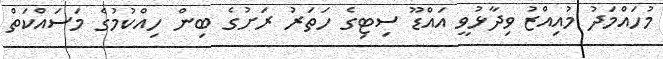
މުހައްމަދު މުއިއްޒު ވިދާޅުވީ އައްޑޫ ސިޓިގެ ހަތަރު ރަށުގެ ބިން ހިއްކުމުގެ މަސައްކަތް